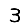
Digit: 3